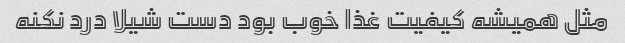
مثل همیشه کیفیت غذا خوب بود دست شیلا درد نکنه